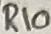
Text: R10